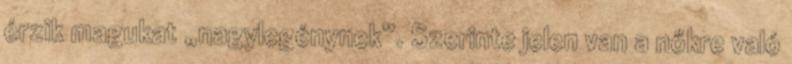
érzik magukat „nagylegénynek”. Szerinte jelen van a nőkre való